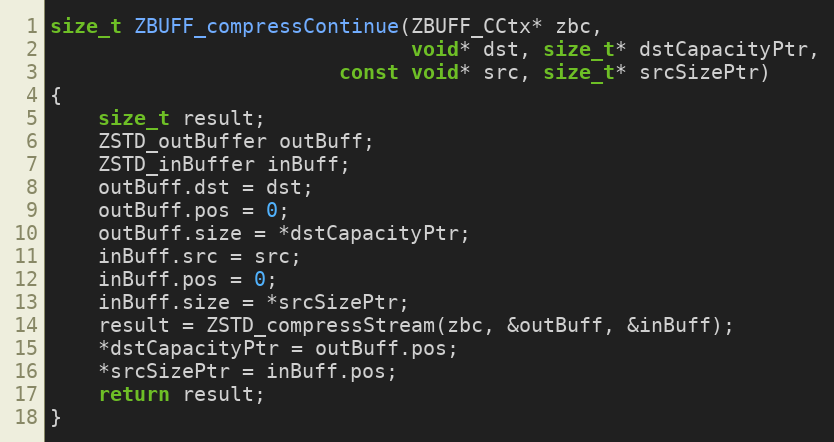
Language: C
size_t ZBUFF_compressContinue(ZBUFF_CCtx* zbc,
                              void* dst, size_t* dstCapacityPtr,
                        const void* src, size_t* srcSizePtr)
{
    size_t result;
    ZSTD_outBuffer outBuff;
    ZSTD_inBuffer inBuff;
    outBuff.dst = dst;
    outBuff.pos = 0;
    outBuff.size = *dstCapacityPtr;
    inBuff.src = src;
    inBuff.pos = 0;
    inBuff.size = *srcSizePtr;
    result = ZSTD_compressStream(zbc, &outBuff, &inBuff);
    *dstCapacityPtr = outBuff.pos;
    *srcSizePtr = inBuff.pos;
    return result;
}